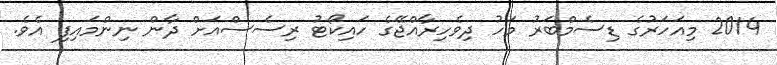
2014 މިއަހަރުގެ ޑިސެމްބަރު މަހު ދިވެހިރާއްޖޭގެ ހައިކޯޓު ރިސެސްއަށް ދާން ނިންމައިފި އެވެ.